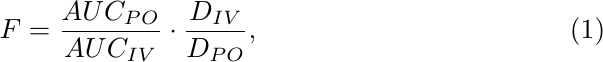
\begin{equation} \label{eq:F}
    F = \frac{AUC_{PO}}{AUC_{IV}} \cdot \frac{D_{IV}}{D_{PO}},
\end{equation}